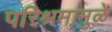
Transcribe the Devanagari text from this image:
परिश्रमामुळे